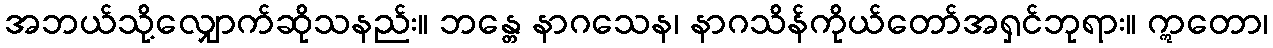
အဘယ်သို့လျှောက်ဆိုသနည်း။ ဘန္တေ နာဂသေန၊ နာဂသိန်ကိုယ်တော်အရှင်ဘုရား။ ဣတော၊